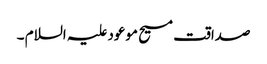
صداقت مسیح موعود علیہ السلام ۔